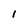
Character: I